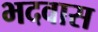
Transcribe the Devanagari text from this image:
भदवास